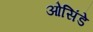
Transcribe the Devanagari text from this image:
ओसिंडे